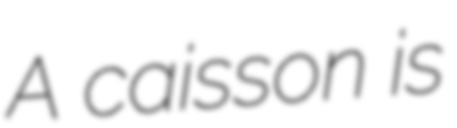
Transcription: A caisson is